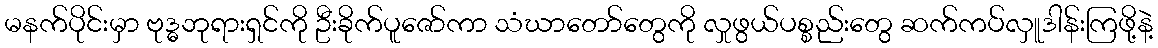
မနက်ပိုင်းမှာ ဗုဒ္ဓဘုရားရှင်ကို ဦးခိုက်ပူဇော်ကာ သံဃာတော်တွေကို လှုဖွယ်ပစ္စည်းတွေ ဆက်ကပ်လှူဒါန်းကြဖို့နဲ့